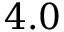
4 . 0